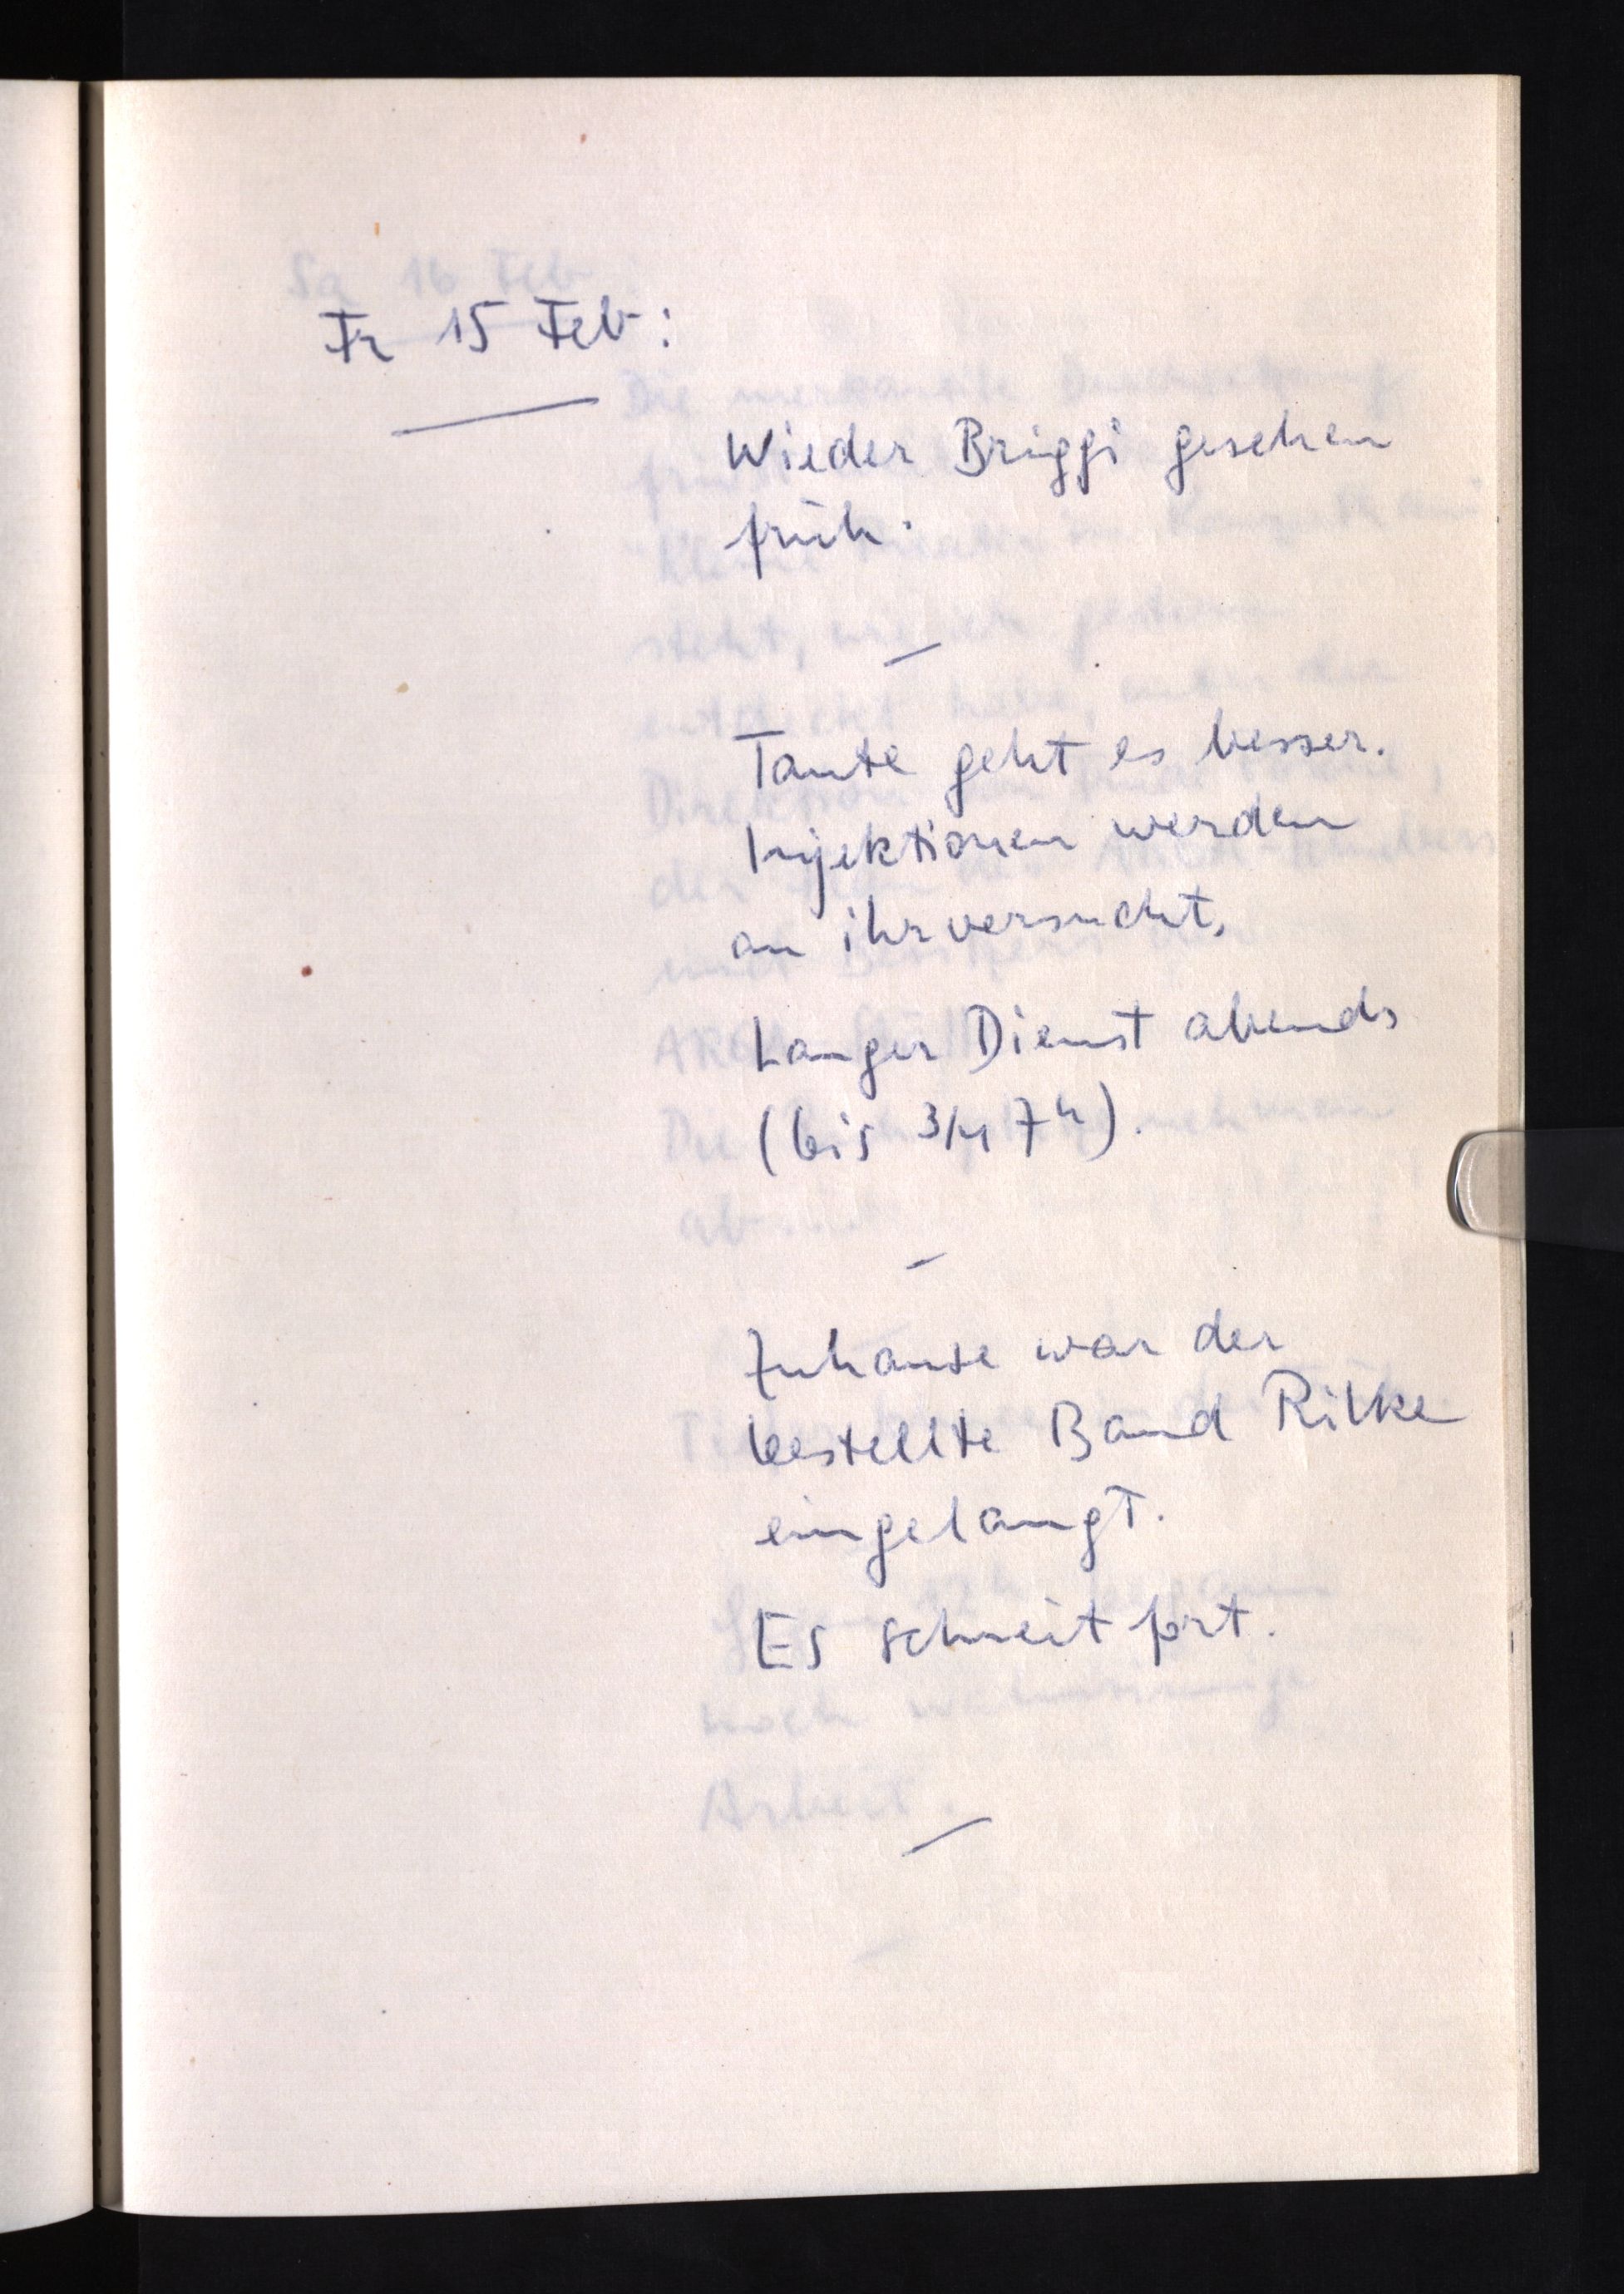
Fr 15 Feb:
Wieder Briggi gesehen
früh.
Tante geht es besser.
Injektionen werden
an ihr versucht.
Langer Dienst abends
(bis 3/4 7h).
Zuhause war der
bestellte Band Rilke
eingelangt.
Es schneit fort.